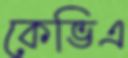
কেভিএ